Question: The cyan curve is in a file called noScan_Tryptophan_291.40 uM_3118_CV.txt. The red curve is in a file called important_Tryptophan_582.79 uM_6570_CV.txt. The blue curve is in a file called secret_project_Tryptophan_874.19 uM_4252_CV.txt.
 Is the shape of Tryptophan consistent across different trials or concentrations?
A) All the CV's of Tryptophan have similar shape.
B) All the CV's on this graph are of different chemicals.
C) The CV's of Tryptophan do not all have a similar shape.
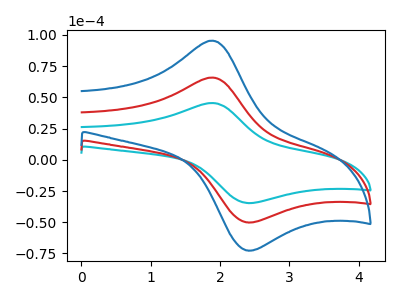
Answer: <think>The cyan curve "Tryptophan_291.40 uM" has an anodic peak at (1.90V, 45.50uA) and a cathodic peak at (2.35V, -34.55uA). The red curve "Tryptophan_582.79 uM" has an anodic peak at (1.90V, 65.90uA) and a cathodic peak at (2.35V, -50.05uA). The blue curve "Tryptophan_874.19 uM" has an anodic peak at (1.90V, 131.80uA) and a cathodic peak at (2.35V, -100.10uA).
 All the peaks in "Tryptophan_291.40 uM" have a peak in "Tryptophan_582.79 uM" at the same potential. Every peak in "Tryptophan_291.40 uM" is lower than every peak in "Tryptophan_582.79 uM". All the peaks in "Tryptophan_291.40 uM" have a peak in "Tryptophan_874.19 uM" at the same potential. Every peak in "Tryptophan_291.40 uM" is lower than every peak in "Tryptophan_874.19 uM". All the peaks in "Tryptophan_582.79 uM" have a peak in "Tryptophan_874.19 uM" at the same potential. Every peak in "Tryptophan_582.79 uM" is lower than every peak in "Tryptophan_874.19 uM".</think>
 <answer>A) All the CV's of "Tryptophan" have similar shape.</answer>
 <eval>A</eval>